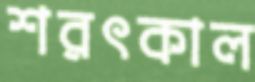
শরৎকাল